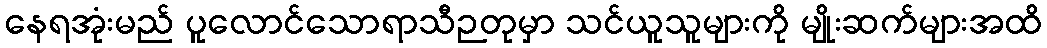
နေရအုံးမည် ပူလောင်သောရာသီဉတုမှာ သင်ယူသူများကို မျိုးဆက်များအထိ